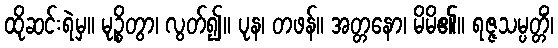
ထိုဆင်းရဲမှ။ မုဉ္စိတွာ၊ လွတ်၍။ ပုန၊ တဖန်။ အတ္တနော၊ မိမိ၏။ ရဇ္ဇသမ္ပတ္တိံ၊